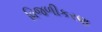
વિજળીકરણ